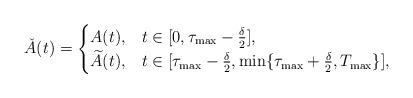
LaTeX: \begin{align*} \check{A}(t) = \begin{cases} A(t), & t \in [0,\tau_{\max} - \frac{\delta}{2}], \\ \widetilde A(t), & t \in [\tau_{\max} - \frac{\delta}{2},\min\{\tau_{\max} + \frac{\delta}{2},T_{\max}\}], \end{cases}\end{align*}